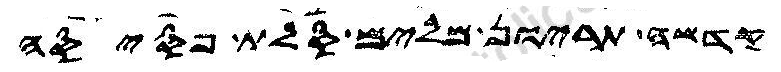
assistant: קדשה תריון מלים סלת פסיסה